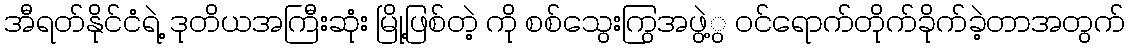
အီရတ်နိုင်ငံရဲ့ ဒုတိယအကြီးဆုံး မြို့ဖြစ်တဲ့ ကို စစ်သွေးကြွအဖွဲ့ွ ဝင်ရောက်တိုက်ခိုက်ခဲ့တာအတွက်